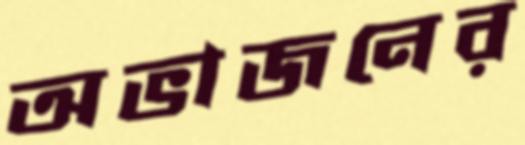
অভাজনের